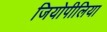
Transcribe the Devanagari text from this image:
जियोपीलिया